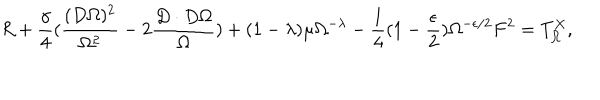
R + \frac { \gamma } { 4 } ( \frac { ( D \Omega ) ^ { 2 } } { \Omega ^ { 2 } } - 2 \frac { D \cdot D \Omega } { \Omega } ) + ( 1 - \lambda ) \mu \Omega ^ { - \lambda } - \frac { 1 } { 4 } ( 1 - \frac { \epsilon } { 2 } ) \Omega ^ { - \epsilon / 2 } F ^ { 2 } = T _ { \Omega } ^ { X } ,